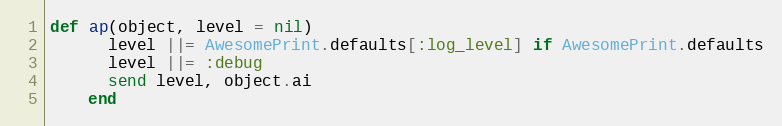
Language: Ruby
def ap(object, level = nil)
      level ||= AwesomePrint.defaults[:log_level] if AwesomePrint.defaults
      level ||= :debug
      send level, object.ai
    end